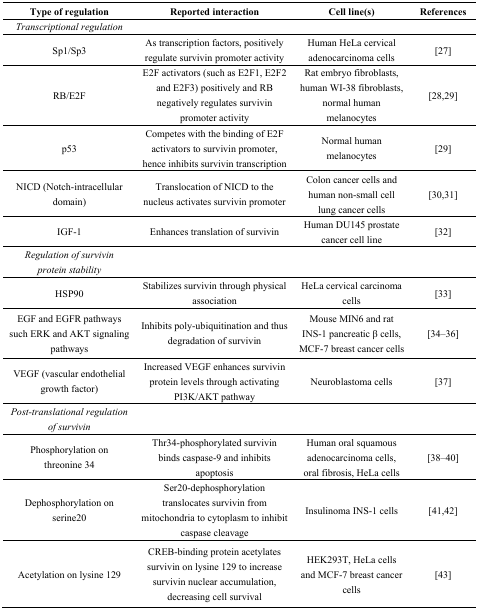
<table><thead><tr><td><b>Type of regulation</b></td><td><b>Reported interaction</b></td><td><b>Cell line(s)</b></td><td><b>References</b></td></tr></thead><tbody><tr><td><i>Transcriptional regulation</i></td><td></td><td></td><td></td></tr><tr><td>Sp1/Sp3</td><td>As transcription factors, positively regulate survivin promoter activity</td><td>Human HeLa cervical adenocarcinoma cells</td><td>[27]</td></tr><tr><td>RB/E2F</td><td>E2F activators (such as E2F1, E2F2 and E2F3) positively and RB negatively regulates survivin promoter activity</td><td>Rat embryo fibroblasts, human WI-38 fibroblasts, normal human melanocytes</td><td>[28,29]</td></tr><tr><td>p53</td><td>Competes with the binding of E2F activators to survivin promoter, hence inhibits survivin transcription</td><td>Normal human melanocytes</td><td>[29]</td></tr><tr><td>NICD (Notch-intracellular domain)</td><td>Translocation of NICD to the nucleus activates survivin promoter</td><td>Colon cancer cells and human non-small cell lung cancer cells</td><td>[30,31]</td></tr><tr><td>IGF-1</td><td>Enhances translation of survivin</td><td>Human DU145 prostate cancer cell line</td><td>[32]</td></tr><tr><td><i>Regulation of survivin protein stability</i></td><td></td><td></td><td></td></tr><tr><td>HSP90</td><td>Stabilizes survivin through physical association</td><td>HeLa cervical carcinoma cells</td><td>[33]</td></tr><tr><td>EGF and EGFR pathways such ERK and AKT signaling pathways</td><td>Inhibits poly-ubiquitination and thus degradation of survivin</td><td>Mouse MIN6 and rat INS-1 pancreatic β cells, MCF-7 breast cancer cells</td><td>[34–36]</td></tr><tr><td>VEGF (vascular endothelial growth factor)</td><td>Increased VEGF enhances survivin protein levels through activating PI3K/AKT pathway</td><td>Neuroblastoma cells</td><td>[37]</td></tr><tr><td><i>Post-translational regulation of survivin</i></td><td></td><td></td><td></td></tr><tr><td>Phosphorylation on threonine 34</td><td>Thr34-phosphorylated survivin binds caspase-9 and inhibits apoptosis</td><td>Human oral squamous adenocarcinoma cells, oral fibrosis, HeLa cells</td><td>[38–40]</td></tr><tr><td>Dephosphorylation on serine20</td><td>Ser20-dephosphorylation translocates survivin from mitochondria to cytoplasm to inhibit caspase cleavage</td><td>Insulinoma INS-1 cells</td><td>[41,42]</td></tr><tr><td>Acetylation on lysine 129</td><td>CREB-binding protein acetylates survivin on lysine 129 to increase survivin nuclear accumulation, decreasing cell survival</td><td>HEK293T, HeLa cells and MCF-7 breast cancer cells</td><td>[43]</td></tr></tbody></table>